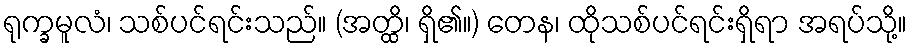
ရုက္ခမူလံ၊ သစ်ပင်ရင်းသည်။ (အတ္ထိ၊ ရှိ၏။) တေန၊ ထိုသစ်ပင်ရင်းရှိရာ အရပ်သို့။